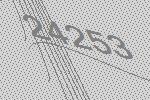
24253